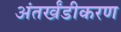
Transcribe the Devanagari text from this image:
अंतर्खंडीकरण